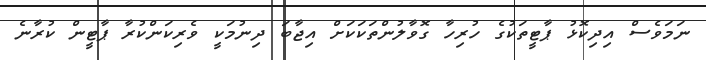
ނަމަވެސް އިދިކޮޅު ޕާޓީތަކުގެ ހުރިހާ ގޮވާލުންތަކަކަށް އިޖާބަ ދިނުމަކީ ވެރިކަންކުރާ ޕާޓީން ކުރާނެ